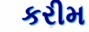
કરીમ